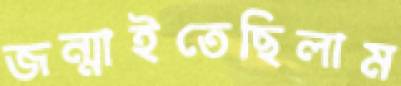
জন্মাইতেছিলাম